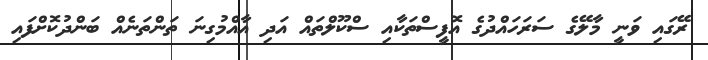
ރޭގައި ވަނީ މާލޭގެ ސަރަހައްދުގެ އޮފީސްތަކާއި ސްކޫލްތައް އަދި އާއްމުގިނަ ތަންތަނެއް ބަންދުކޮށްފައި